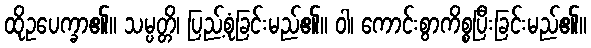
ထိုဥပေက္ခာ၏။ သမ္ပတ္တိ၊ ပြည့်စုံခြင်းမည်၏။ ဝါ၊ ကောင်းစွာကိစ္စပြီးခြင်းမည်၏။